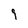
Character: 9